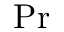
\mathrm { P r }